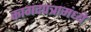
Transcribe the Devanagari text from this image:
कागदपत्रामंध्ये